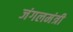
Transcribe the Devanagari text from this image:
जंगलमंत्री